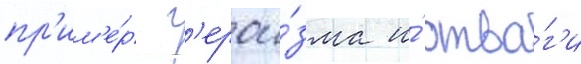
пр'им'е́р г'ерои́зма и́ отва́г'и